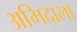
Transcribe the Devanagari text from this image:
अमिदाला